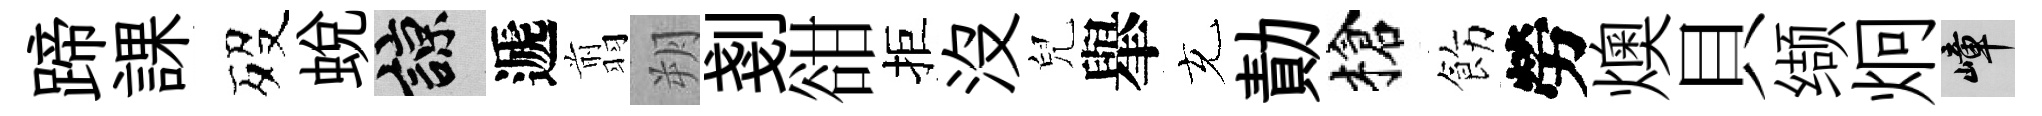
蹄課歿蛻諒遞翦朔剗𧮳拒没兒𦦙充勣槍飭勞燠貝缬炯嶂